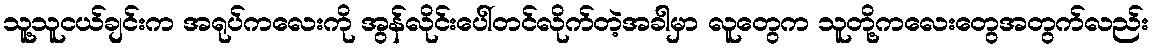
သူ့သူငယ်ချင်းက အရုပ်ကလေးကို အွန်လိုင်းပေါ်တင်လိုက်တဲ့အခါမှာ လူတွေက သူတို့ကလေးတွေအတွက်လည်း